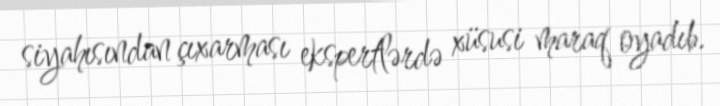
siyahısından çıxarması ekspertlərdə xüsusi maraq oyadıb.